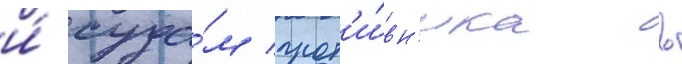
и́ суда́м прот'и́вн'ика в